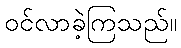
ဝင်လာခဲ့ကြသည်။